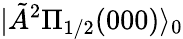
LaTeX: |\tilde{A}{}^{2}\Pi_{1/2}(000)\rangle_{0}